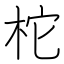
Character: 柁